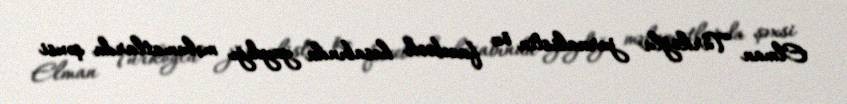
Elman Türkoğlu jurnalistin öz facebook hesabında yaydığı məlumatlarda şəxsi